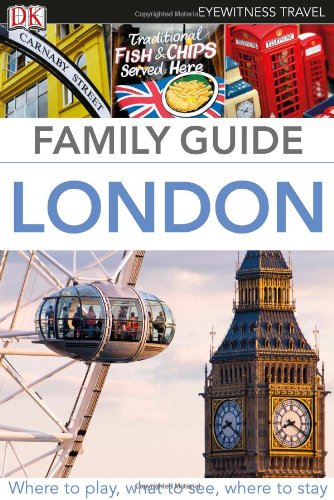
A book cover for Family Guide London (Eyewitness Travel Family Guide); DK Publishing; Travel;